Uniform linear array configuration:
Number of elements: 16
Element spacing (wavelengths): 0.5
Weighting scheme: kaiser
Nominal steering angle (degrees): -30
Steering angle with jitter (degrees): -30.993
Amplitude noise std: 0.05
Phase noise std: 0.05

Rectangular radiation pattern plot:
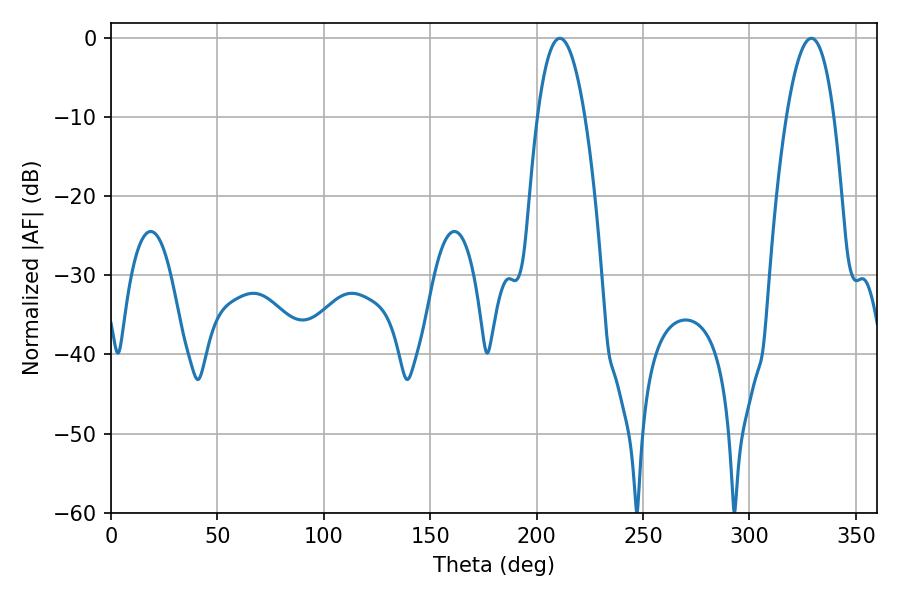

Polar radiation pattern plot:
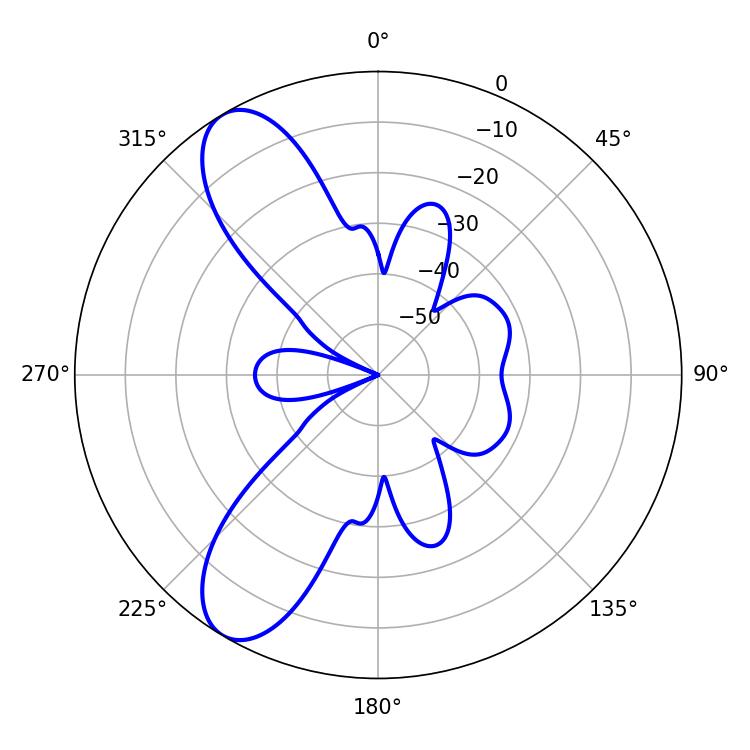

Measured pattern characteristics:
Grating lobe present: FALSE
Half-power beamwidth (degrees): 12.24
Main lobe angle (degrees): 329.04